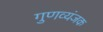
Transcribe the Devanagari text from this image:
गुणव्यंजक